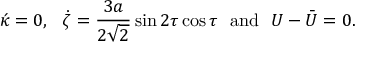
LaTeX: \acute { \kappa } = 0 , \, \, \, \, \dot { \zeta } = \frac { 3 a } { 2 \sqrt { 2 } } \sin 2 \tau \cos \tau \, \, \, \, \mathrm { a n d } \, \, \, \, U - \bar { U } = 0 .